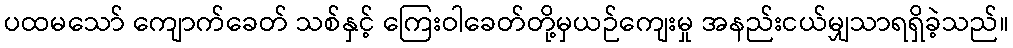
ပထမသော် ကျောက်ခေတ် သစ်နှင့် ကြေးဝါခေတ်တို့မှယဉ်ကျေးမှု အနည်းငယ်မျှသာရရှိခဲ့သည်။